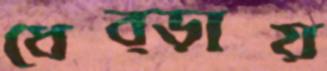
ধেব্‌ড়ায়